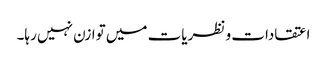
اعتقادات و نظریات میں توازن نہیں رہا۔